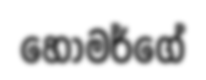
හොමර්ගේ